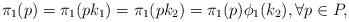
LaTeX: \begin{align*}\pi_1(p)=\pi_1(pk_1)=\pi_1(pk_2)=\pi_1(p)\phi_1(k_2),\forall p\in P,\end{align*}